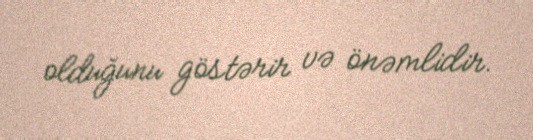
olduğunu göstərir və önəmlidir.